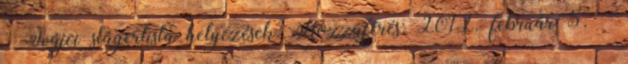
↑ Svájci slágerlista helyezések. Hozzáférés: 2012. február 5. ↑